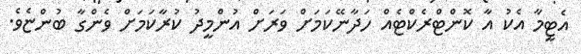
އެޓީމާ އެކު އާ ކޮންޓްރެކްޓެއް ހަދާނޭކަމަށް ވަރަށް އުންމީދު ކުރާކަމަށް ވެންގާ ބުންޏެވެ.